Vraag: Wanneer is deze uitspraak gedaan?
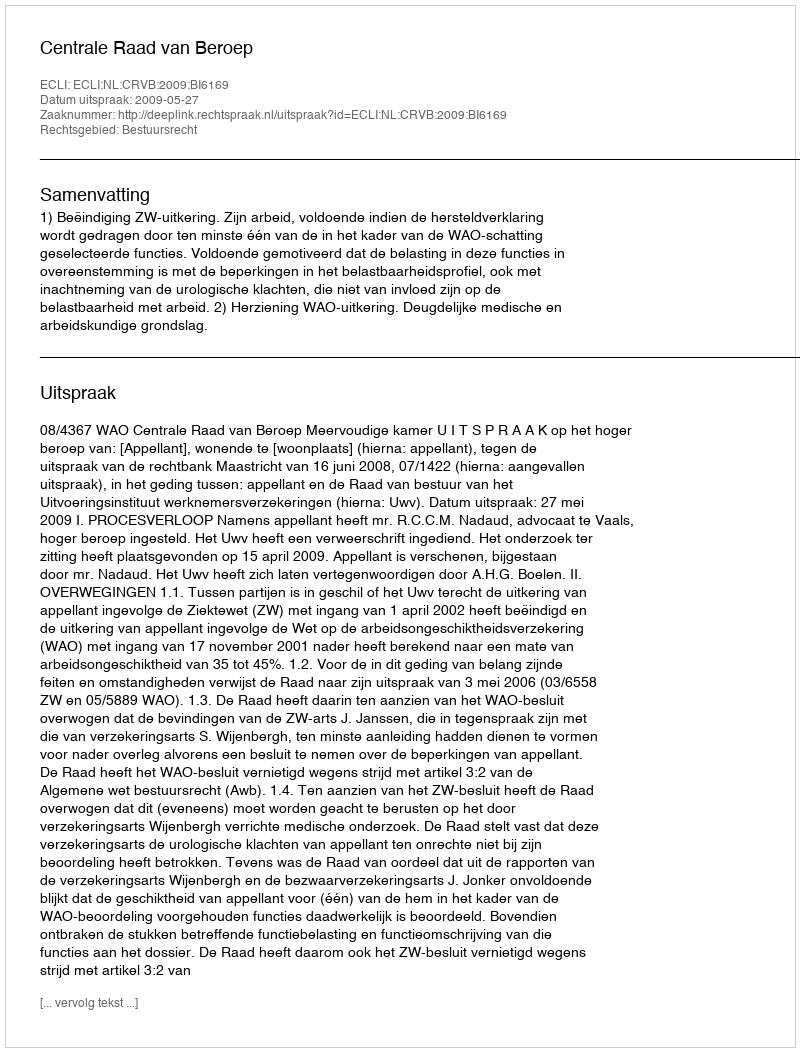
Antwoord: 2009-05-27